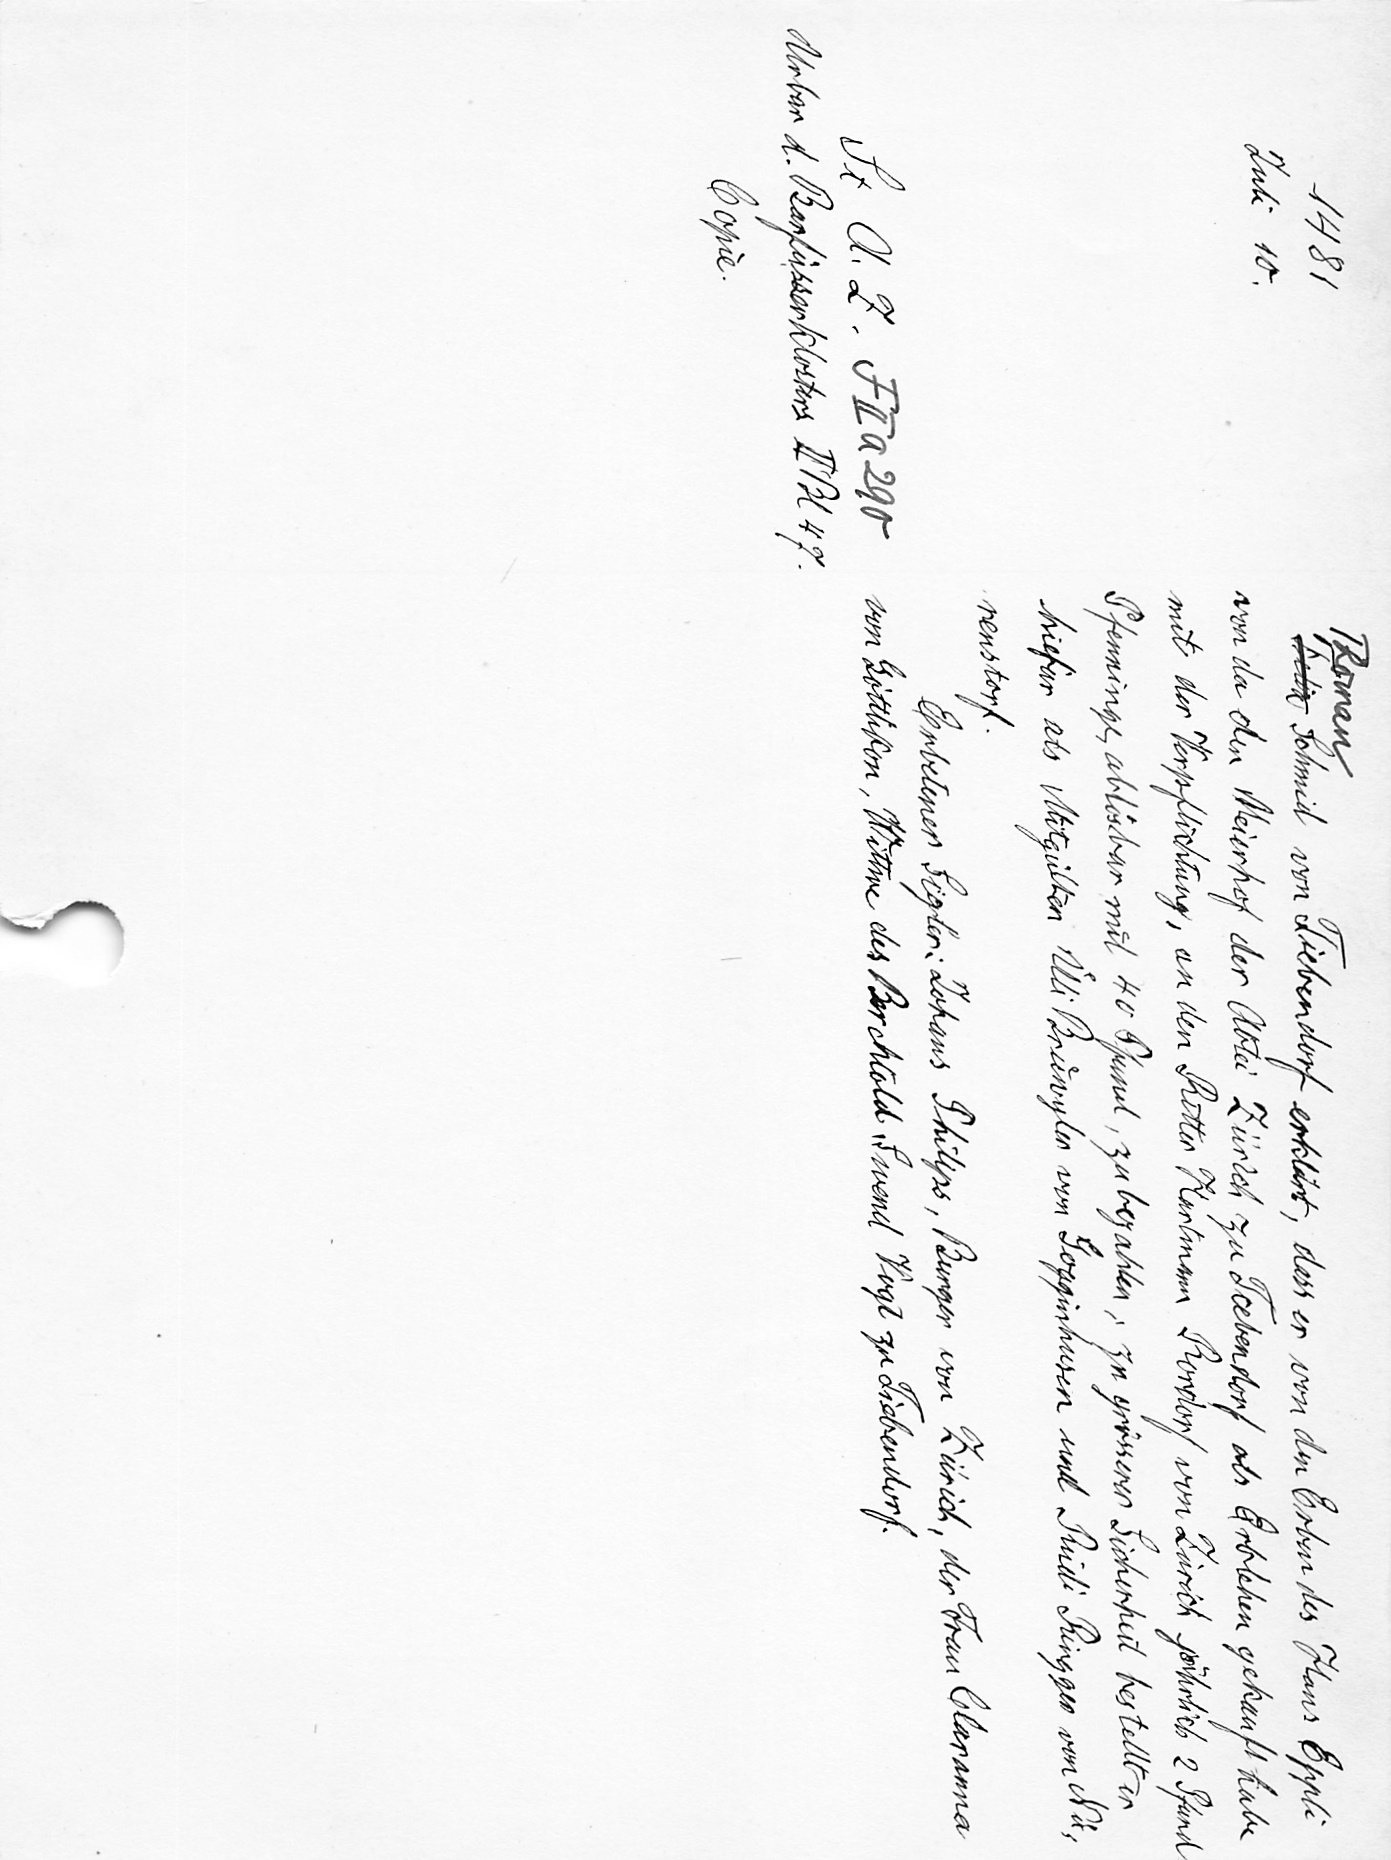
Roman
Felix Schmid von Tiebendorf erklärt, dass er von den Erben des Hans Eppli
von da den Meierhof der Abtei Zürich zu Tiebendorf als Erblehen gekauft habe
mit der Verpflichtung, an den Ritter Hartmann Rordorf von Zürich jährlich 2 Pfund
Pfenninge, ablösbar mit 40 Pfund, zu bezahlen; zu grösserer Sicherheit bestellt er
hiefür als Mitgülten Uͤli Bruͤwyler von Gogginhusen und Rüdi Ringger von Nuͤ¬
renstorf.
Erbetener Sigler: Johans Philips, Burger von Zürich, der Frau Claranna
von Göttlikon, Wittwe des Berchtold Swend Vogt zu Tiebendorf.

1481
Juli 10.
St. A. Z. F II a 290
Urbar d. Barfüsserklosters II Bl 47.
Copie.